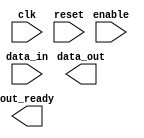
module LowPowerBuffer (
    input wire clk,
    input wire reset,
    input wire [7:0] data_in,
    output reg [7:0] data_out,
    input wire enable,
    output wire out_ready
);

// Adjustable output drive strength parameter
parameter DRIVE_STRENGTH = 4;

// Slew rate control parameter
parameter SLEW_RATE = 2;

// Input/output voltage level translation
parameter VOLTAGE_LEVEL = 1.8;

// Define I/O block functionality here

endmodule